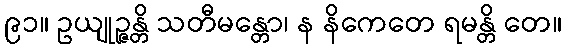
၉၁။ ဥယျုဉ္ဇန္တိ သတီမန္တော၊ န နိကေတေ ရမန္တိ တေ။